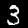
Digit: 3